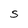
Character: S